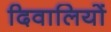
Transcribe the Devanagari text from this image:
दिवालियों